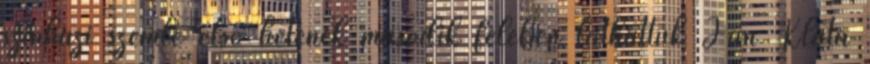
színházi szemle első hetének második felében láthattuk Jan Klata